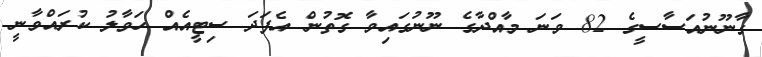
ގާނޫނުއަސާސީގެ 82 ވަނަ މާއްދާގެ ނޫނުގައިވާ ގޮތުން އެފަދަ ސިޓީއެއް ހަވާލު ކުރައްވާނީ